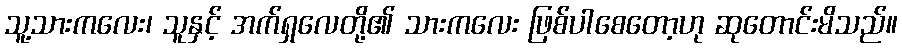
သူ့သားကလေး၊ သူနှင့် အက်ရှလေတို့၏ သားကလေး ဖြစ်ပါစေတော့ဟု ဆုတောင်းမိသည်။